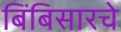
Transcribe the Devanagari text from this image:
बिंबिसारचे